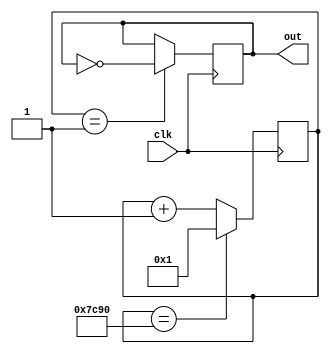
module G (clk, out);
	input clk;
	output out;
	
reg[15:0] clkDivider = 31888;
reg[15:0] counter;

always @(posedge clk)
	if(counter == clkDivider)
		counter <= 1;
	else counter <= counter + 1;
	
reg out;
always @(posedge clk)
	if(counter == 1)
		out <= ~out;

endmodule